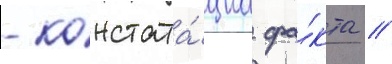
- констата́циа фа́кта //